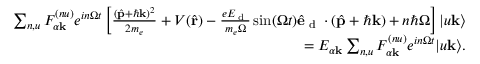
\begin{array} { r } { \sum _ { n , u } F _ { \alpha \mathbf { k } } ^ { ( n u ) } e ^ { i n \Omega t } \left[ \frac { ( \hat { \mathbf { p } } + \hbar \mathbf { k } ) ^ { 2 } } { 2 m _ { e } } + V ( \hat { \mathbf { r } } ) - \frac { e E _ { \textrm { d } } } { m _ { e } \Omega } \sin ( \Omega t ) \hat { \mathbf { e } } _ { \textrm { d } } \cdot ( \hat { \mathbf { p } } + \hbar \mathbf { k } ) + n \hbar \Omega \right] | u \mathbf { k } \rangle } \\ { = E _ { \alpha \mathbf { k } } \sum _ { n , u } F _ { \alpha \mathbf { k } } ^ { ( n u ) } e ^ { i n \Omega t } | u \mathbf { k } \rangle . } \end{array}